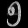
Digit: ၅